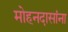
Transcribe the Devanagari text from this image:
मोहनदासांना